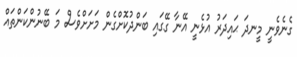
ގެނެވެނީ މީނދަ ޙައިދަރު އުޅެނީ އޭނާ ގޭގައި ބަންދުކޮށްގެން މަށަށްވެސް މަ ބޭނުންކަންތައް